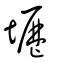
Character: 壢